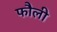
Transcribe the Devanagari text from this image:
फौली